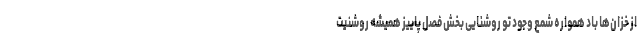
از خزان‌ها باد همواره شمع وجود تو روشنایی بخش فصل پاییز همیشه روشنیت